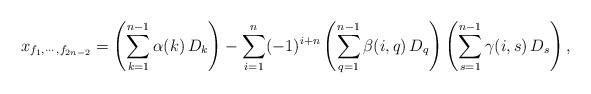
LaTeX: \begin{align*}\,x_{f_1,\cdots,f_{2n-2}}=\left(\sum\limits_{k=1}^{n-1}\alpha(k)\,D_k\right)-\sum_{i=1}^{n}(-1)^{i+n}\left(\sum\limits_{q=1}^{n-1}\beta(i,q)\,D_q\right)\left(\sum\limits_{s=1}^{n-1}\gamma(i,s)\,D_s\right),\end{align*}